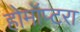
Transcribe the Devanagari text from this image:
होमॉप्टरा